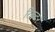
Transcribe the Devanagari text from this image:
रिख्टर